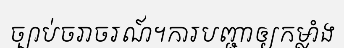
ច្បាប់ចរាចរណ៍។ការបញ្ជាឲ្យកម្លាំង